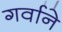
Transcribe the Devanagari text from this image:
गर्वाने